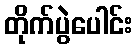
တိုက်ပွဲပေါင်း